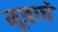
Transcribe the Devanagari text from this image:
मूत्राचे